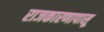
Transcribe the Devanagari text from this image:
राजकारणापासू